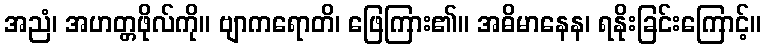
အညံ၊ အဟတ္တဖိုလ်ကို။ ဗျာကရောတိ၊ ဖြေကြား၏။ အဓိမာနေန၊ ရနိုးခြင်းကြောင့်။